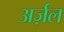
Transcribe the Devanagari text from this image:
अर्ज़ल